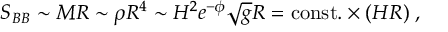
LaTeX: S _ { B B } \sim M R \sim \rho R ^ { 4 } \sim H ^ { 2 } e ^ { - \phi } \sqrt { g } R = \mathrm { c o n s t . } \times ( H R ) \; ,